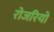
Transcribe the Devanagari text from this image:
रोजरियो